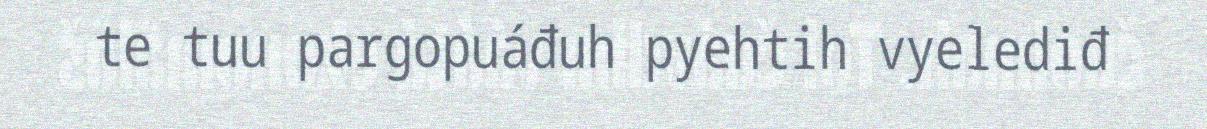
te tuu pargopuáđuh pyehtih vyelediđ